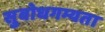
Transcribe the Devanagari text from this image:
सुबोधगम्यता